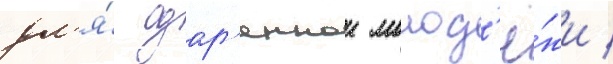
дл'я́ одар'еннои молод'ё́жи /